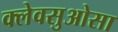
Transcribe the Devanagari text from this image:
क्लेवसुओसा